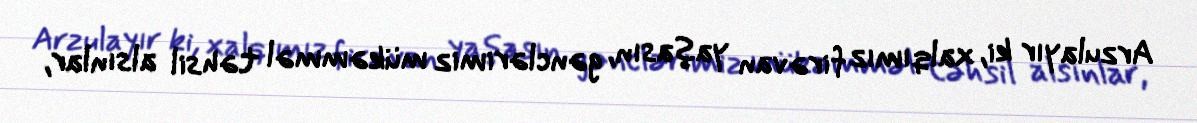
Arzulayır ki, xalqımız firəvan yaşasın, gənclərimiz mükəmməl təhsil alsınlar,